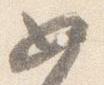
如